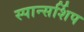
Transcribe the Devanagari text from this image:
स्पान्सर्शिप